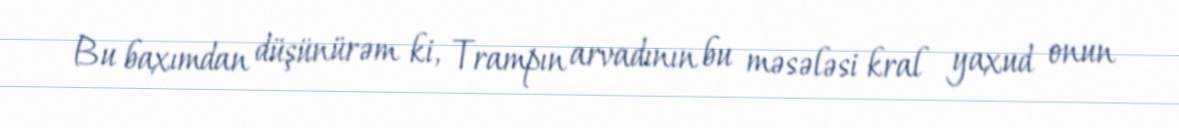
Bu baxımdan düşünürəm ki, Trampın arvadının bu məsələsi kral yaxud onun